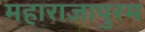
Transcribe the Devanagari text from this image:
महाराजापुरम